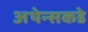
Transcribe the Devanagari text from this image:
अथेन्सकडे